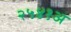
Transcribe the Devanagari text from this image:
२५४१अ